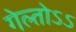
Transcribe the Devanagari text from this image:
गेल्तोऽऽ